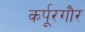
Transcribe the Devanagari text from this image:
कर्पूरगौर